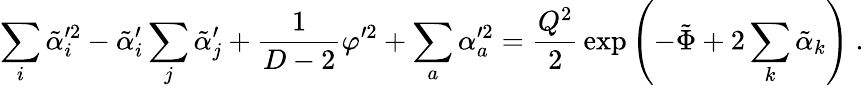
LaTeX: \sum_{i}\tilde{\alpha}_{i}^{\prime 2}-\tilde{\alpha}_{i}^{\prime}\sum_{j}\tilde{\alpha}_{j}^{\prime}+{\frac{1}{D-2}}\varphi^{\prime 2}+\sum_{a}\alpha_{a}^{\prime 2}={\frac{Q^{2}}{2}}\exp\left(-\tilde{\Phi}+2\sum_{k}\tilde{\alpha}_{k}\right)\ .